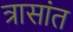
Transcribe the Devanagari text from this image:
त्रासांत